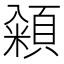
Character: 𮨓